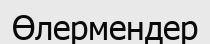
Өлермендер